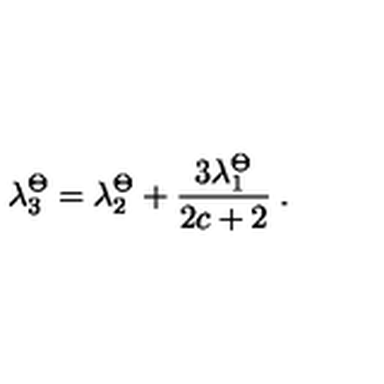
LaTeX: \lambda _ { 3 } ^ { \Theta } = \lambda _ { 2 } ^ { \Theta } + \frac { 3 \lambda _ { 1 } ^ { \Theta } } { 2 c + 2 } \: .